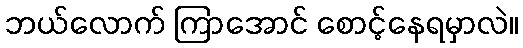
ဘယ်လောက် ကြာအောင် စောင့်နေရမှာလဲ။